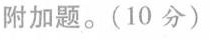
附加题。(10分)